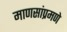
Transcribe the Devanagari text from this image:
माणसांप्रमणे